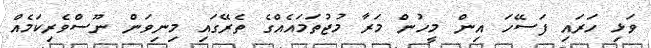
ވަޅި ހަރައި ފަސޭހަ އިން މީހުން މަރާ މުޖުތަމައެއްގެ ތެރޭގައި މިނިވަން ނޫސްވެރިކަމެއް